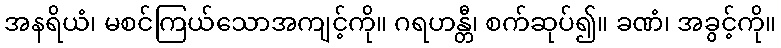
အနရိယံ၊ မစင်ကြယ်သောအကျင့်ကို။ ဂရဟန္တီ၊ စက်ဆုပ်၍။ ခဏံ၊ အခွင့်ကို။